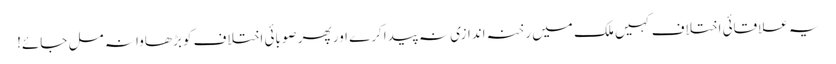
یہ علاقائی اختلاف کہیں ملک میں رخنہ اندازی نہ پیدا کرے اور پھر صوبائی اختلاف کو بڑھاوا نہ مل جائے!